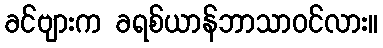
ခင်ဗျားက ခရစ်ယာန်ဘာသာဝင်လား။